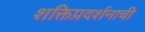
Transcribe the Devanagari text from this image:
शक्तिप्रदर्शनाची